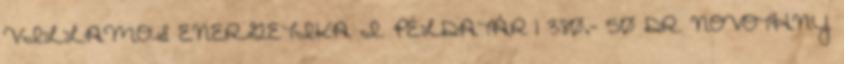
VILLAMOS ENERGETIKA I. PÉLDATÁR 1 380,- 50 DR. NOVOTHNY